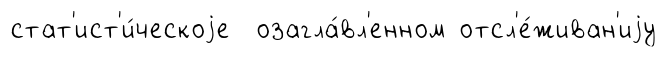
стат'ист'и́ческоjе озагла́вл'енном отсл'е́живан'иjу